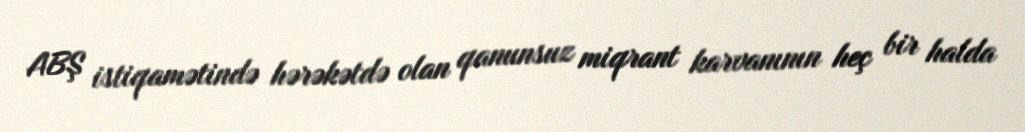
ABŞ istiqamətində hərəkətdə olan qanunsuz miqrant karvanının heç bir halda